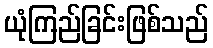
ယုံကြည်ခြင်းဖြစ်သည်